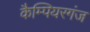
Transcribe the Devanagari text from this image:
कैम्पियरगंज